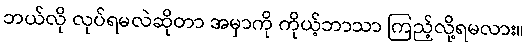
ဘယ်လို လုပ်ရမလဲဆိုတာ အမှာကို ကိုယ့်ဘာသာ ကြည့်လို့ရမလား။